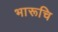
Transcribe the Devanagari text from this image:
भारूचि